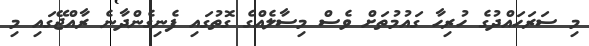
މި ސަރަހައްދުގެ ހުރިހާ ގައުމުތަަށް ވެސް މިސާލެއްގެ ގޮތުގައި ފެނިގެންދާނެ ރާއްޖޭގައި މި